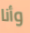
وأنا